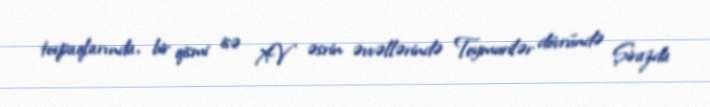
torpaqlarında, bir qismi isə XV əsrin əvvəllərində Teymurilər dövründə Şirazda